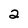
Character: 2